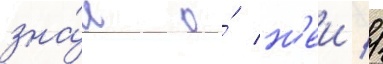
зна́л о́ н'еи //